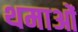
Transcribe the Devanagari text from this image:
थमाओं